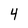
Character: 4